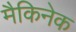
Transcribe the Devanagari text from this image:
मैकिनेक